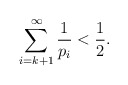
\begin{align*} \sum_{i = k+1}^\infty \frac{1}{p_i} < \frac{1}{2}. \end{align*}